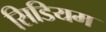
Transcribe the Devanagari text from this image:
सिडियम